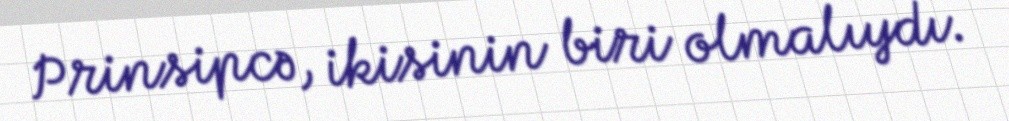
Prinsipcə, ikisinin biri olmalıydı.